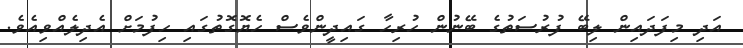
އަދި މިފަދައިން ލިބޭ ފުރުސަތުގެ ބޭނުން ހުރިހާ ގައިދީންވެސް ހެޔޮގޮތުގައި ހިފުމަށް އެދިލެއްވިއެވެ.